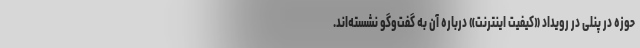
حوزه در پنلی در رویداد «کیفیت اینترنت» درباره آن به گفت‌وگو نشسته‌اند.